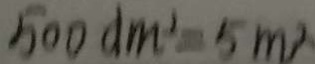
5 0 0 d m ^ { 2 } = 5 m ^ { 2 }